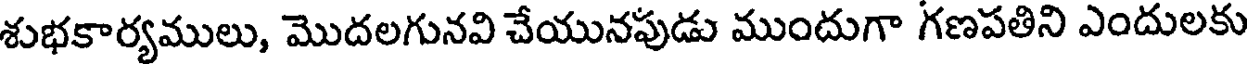
శుభకార్యములు, మొదలగునవి చేయునపుడు ముందుగా గణపతిని ఎందులకు